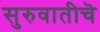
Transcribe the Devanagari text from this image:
सुरुवातीचॆ